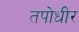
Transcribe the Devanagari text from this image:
तपोधीर